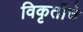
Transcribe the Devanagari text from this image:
विकृतीचे